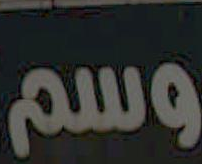
وسم